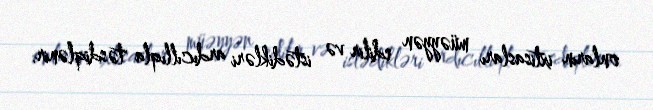
onların ixtisasları müəyyən edilir və istədikləri ardıcıllıqla təsdiqlənir.